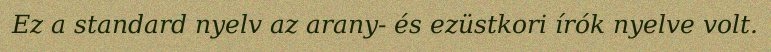
Ez a standard nyelv az arany- és ezüstkori írók nyelve volt.